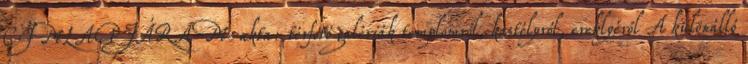
CÍMLAPJÁRA M-akta: térfotó galériák templomról, kastélyról, ereklyéről A különálló